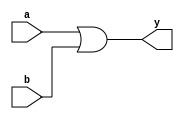
module or_gate(a, b, y);
input a, b;
output y;
or org(y, a, b );
endmodule

module testor;
reg a, b;
wire y;
or_gate org(a, b, y);
initial
begin
	$dumpfile("test1.vcd");
	$dumpvars(0,testor);
	a = 1'b0; b = 1'b0;
	#20
	a = 1'b0; b = 1'b1;
	#20
	a = 1'b1; b = 1'b0;
	#20
	a = 1'b1; b = 1'b1;
	#20
	$finish;
end
endmodule